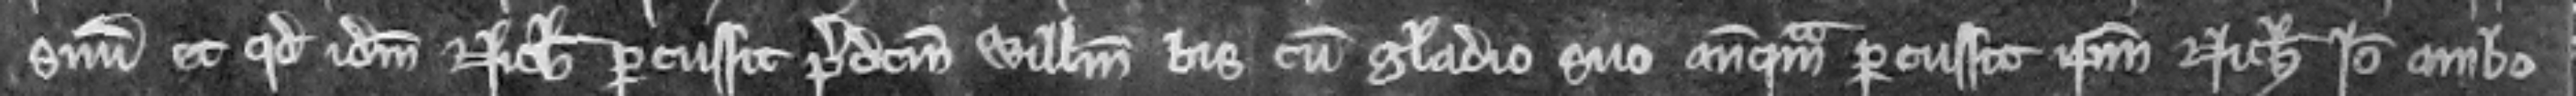
suum et quod idem Nicholaus percussit predictum Willelmum bis cum gladio suo antequam percussit ipsum Nicholaum. Ideo ambo